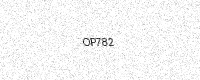
Text: OP782